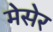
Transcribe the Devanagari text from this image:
मेसेर